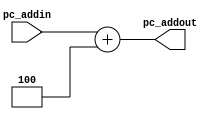
module pc_add(pc_addin,pc_addout);
	input [31:0] pc_addin;
	output [31:0] pc_addout;
	reg [31:0] pc_addout;
	always@(pc_addin)
	begin
	 pc_addout<=pc_addin+4;
	end
endmodule